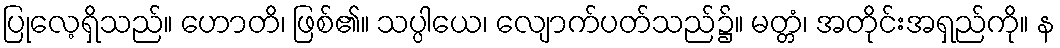
ပြုလေ့ရှိသည်။ ဟောတိ၊ ဖြစ်၏။ သပ္ပါယေ၊ လျောက်ပတ်သည်၌။ မတ္တံ၊ အတိုင်းအရှည်ကို။ န